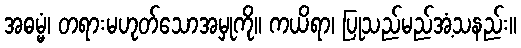
အဓမ္မံ၊ တရားမဟုတ်သောအမှုကို။ ကယိရာ၊ ပြုသည်မည်အံ့သနည်း။